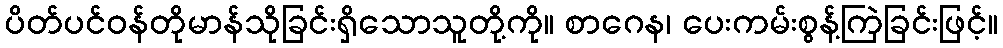
ပိတ်ပင်ဝန်တိုမာန်သိုခြင်းရှိသောသူတို့ကို။ စာဂေန၊ ပေးကမ်းစွန့်ကြဲခြင်းဖြင့်။